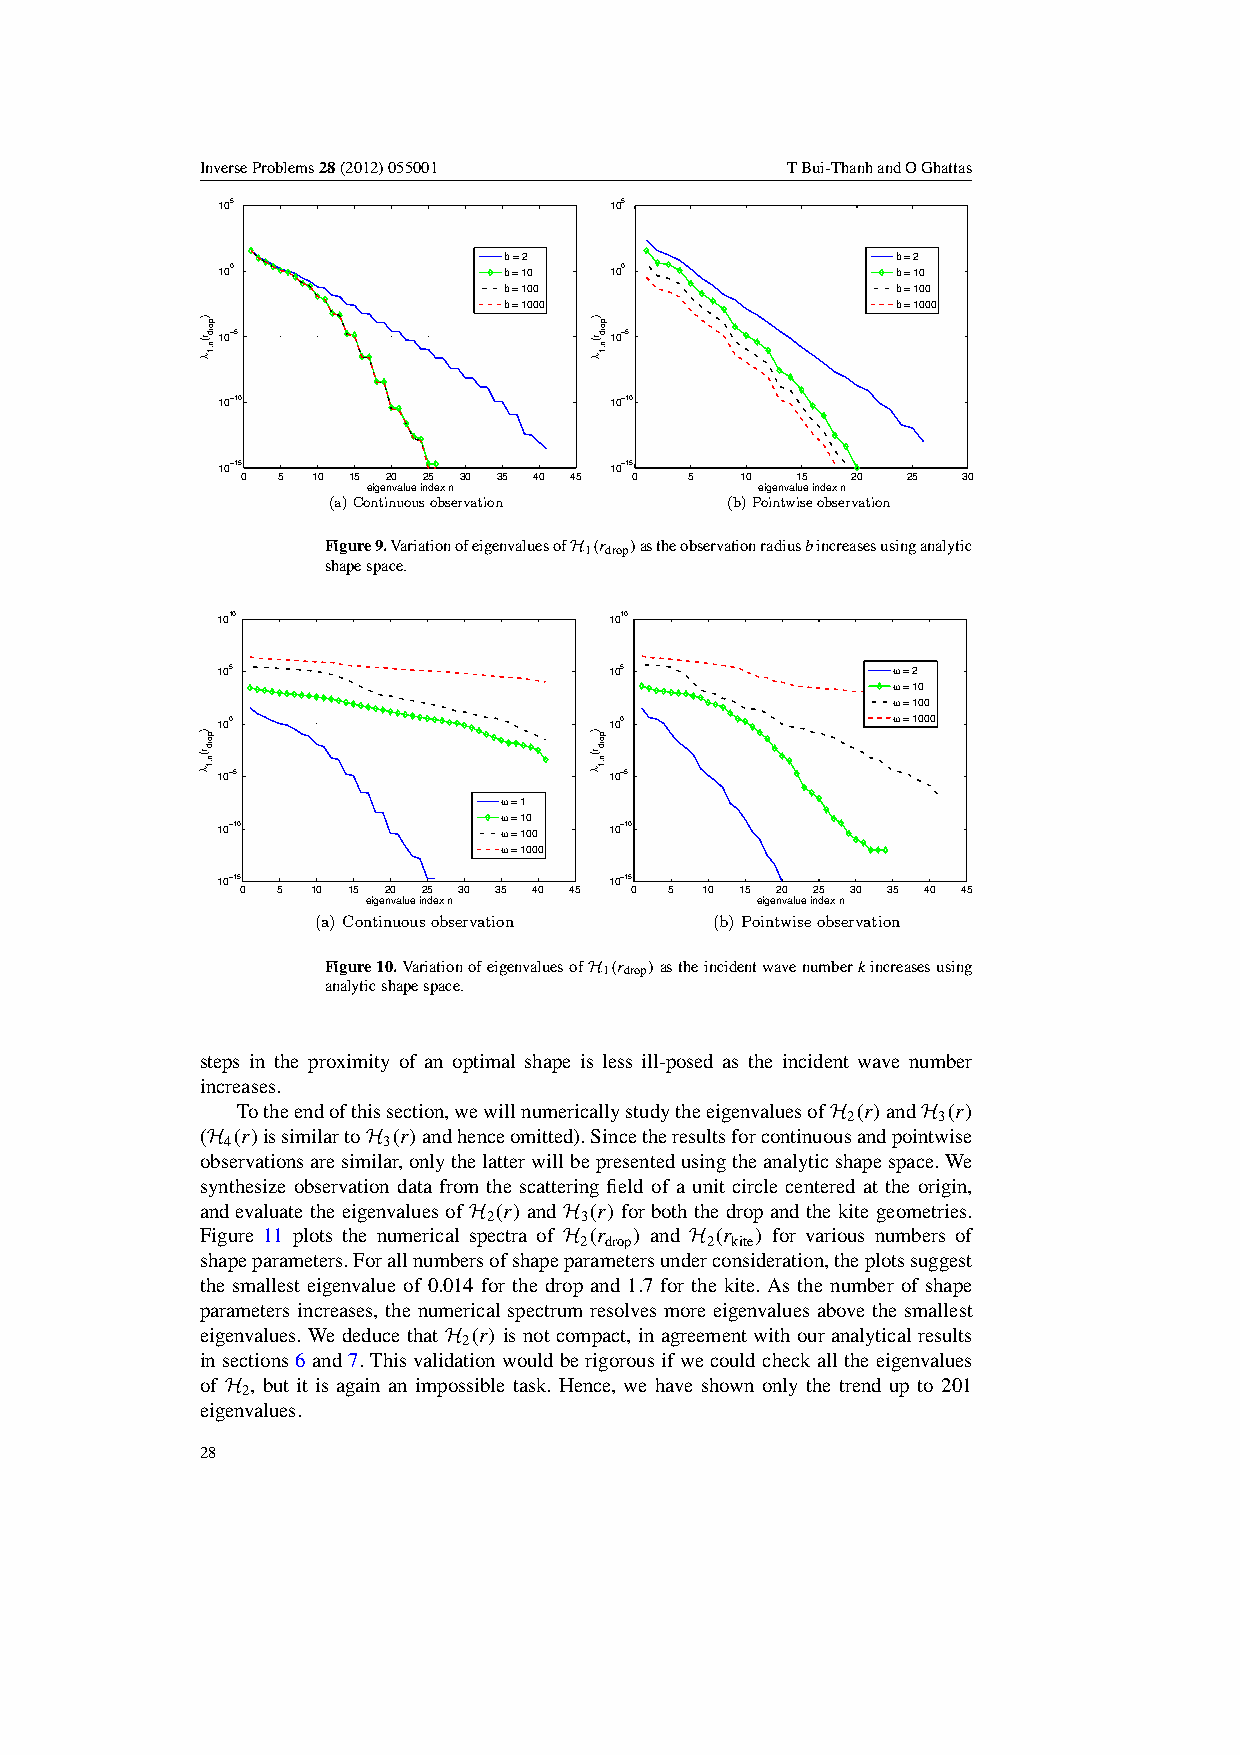
InverseProblems28(2012)055001          TBui-ThanhandOGhattas
 105                       105
 b = 2                     b = 2
 100                b = 10 100                b = 10
 b = 100                   b = 100
 b = 1000                  b = 1000
 10−5                      10−5
 10−10                     10−10
 10−15
 0 5  10 15 20 25 30 35 40 45
 10−15
 0   5  10  15 20  25  30
 eigenvalue index n        eigenvalue index n
 (a)Continuousobservation  (b)Pointwiseobservation
 Figure9.VariationofeigenvaluesofH 1(r drop)astheobservationradiusbincreasesusinganalytic
 shapespace.
 1010                      1010
 105                       105                ω = 2
 ω = 10
 ω = 100
 100                       100                ω = 1000
 10−5                      10−5
 ω = 1
 ω = 10
 10−10              ω = 100 10−10
 ω = 1000
 10−15
 0 5  10 15 20 25 30 35 40 45
 10−15
 0 5 10 15 20 25 30 35 40 45
 eigenvalue index n        eigenvalue index n
 (a) Continuousobservation (b) Pointwiseobservation
 Figure10.VariationofeigenvaluesofH 1(r drop)astheincidentwavenumberkincreasesusing
 analyticshapespace.
 steps in the proximity of an optimal shape is less ill-posed as the incident wave number
 increases.
 Totheendofthissection,wewillnumericallystudytheeigenvaluesofH (r)andH (r)
 2     3
 (H (r)issimilartoH (r)andhenceomitted).Sincetheresultsforcontinuousandpointwise
 4         3
 observationsaresimilar,onlythelatterwillbepresentedusingtheanalyticshapespace.We
 synthesize observation data from the scattering field of a unit circle centered at the origin,
 and evaluate the eigenvalues of H (r) and H (r) for both the drop and the kite geometries.
 2     3
 Figure 11 plots the numerical spectra of H (r ) and H (r ) for various numbers of
 2 drop   2 kite
 shapeparameters.Forallnumbersofshapeparametersunderconsideration,theplotssuggest
 the smallest eigenvalue of 0.014 for the drop and 1.7 for the kite. As the number of shape
 parameters increases, the numerical spectrum resolves more eigenvalues above the smallest
 eigenvalues. We deduce that H (r) is not compact, in agreement with our analytical results
 2
 insections6and7.Thisvalidationwouldberigorousifwecouldcheckalltheeigenvalues
 of H , but it is again an impossible task. Hence, we have shown only the trend up to 201
 2
 eigenvalues.
 28
 ) pordr(
 n,1λ
 ) pordr(
 n,1λ
 ) pordr(
 n,1λ
 ) pordr(
 n,1λ